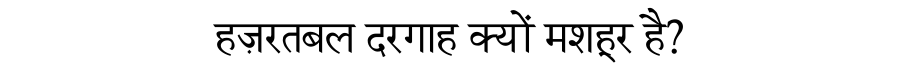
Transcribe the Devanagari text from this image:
हज़रतबल दरगाह क्यों मशहूर है?